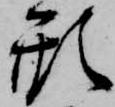
形